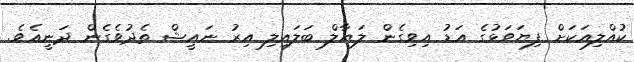
ކުއްލިއަކަށް ފިޔަވަޅުގެ އަޑު އިވިގެން ލަޔާލް ބަލައިލި އިރު ނައީޝް ތެދުވެގެން ދަނީއެވެ.